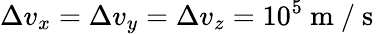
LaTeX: \Delta v_{x}=\Delta v_{y}=\Delta v_{z}=10^{5}\mathrm{~m~/~s~}